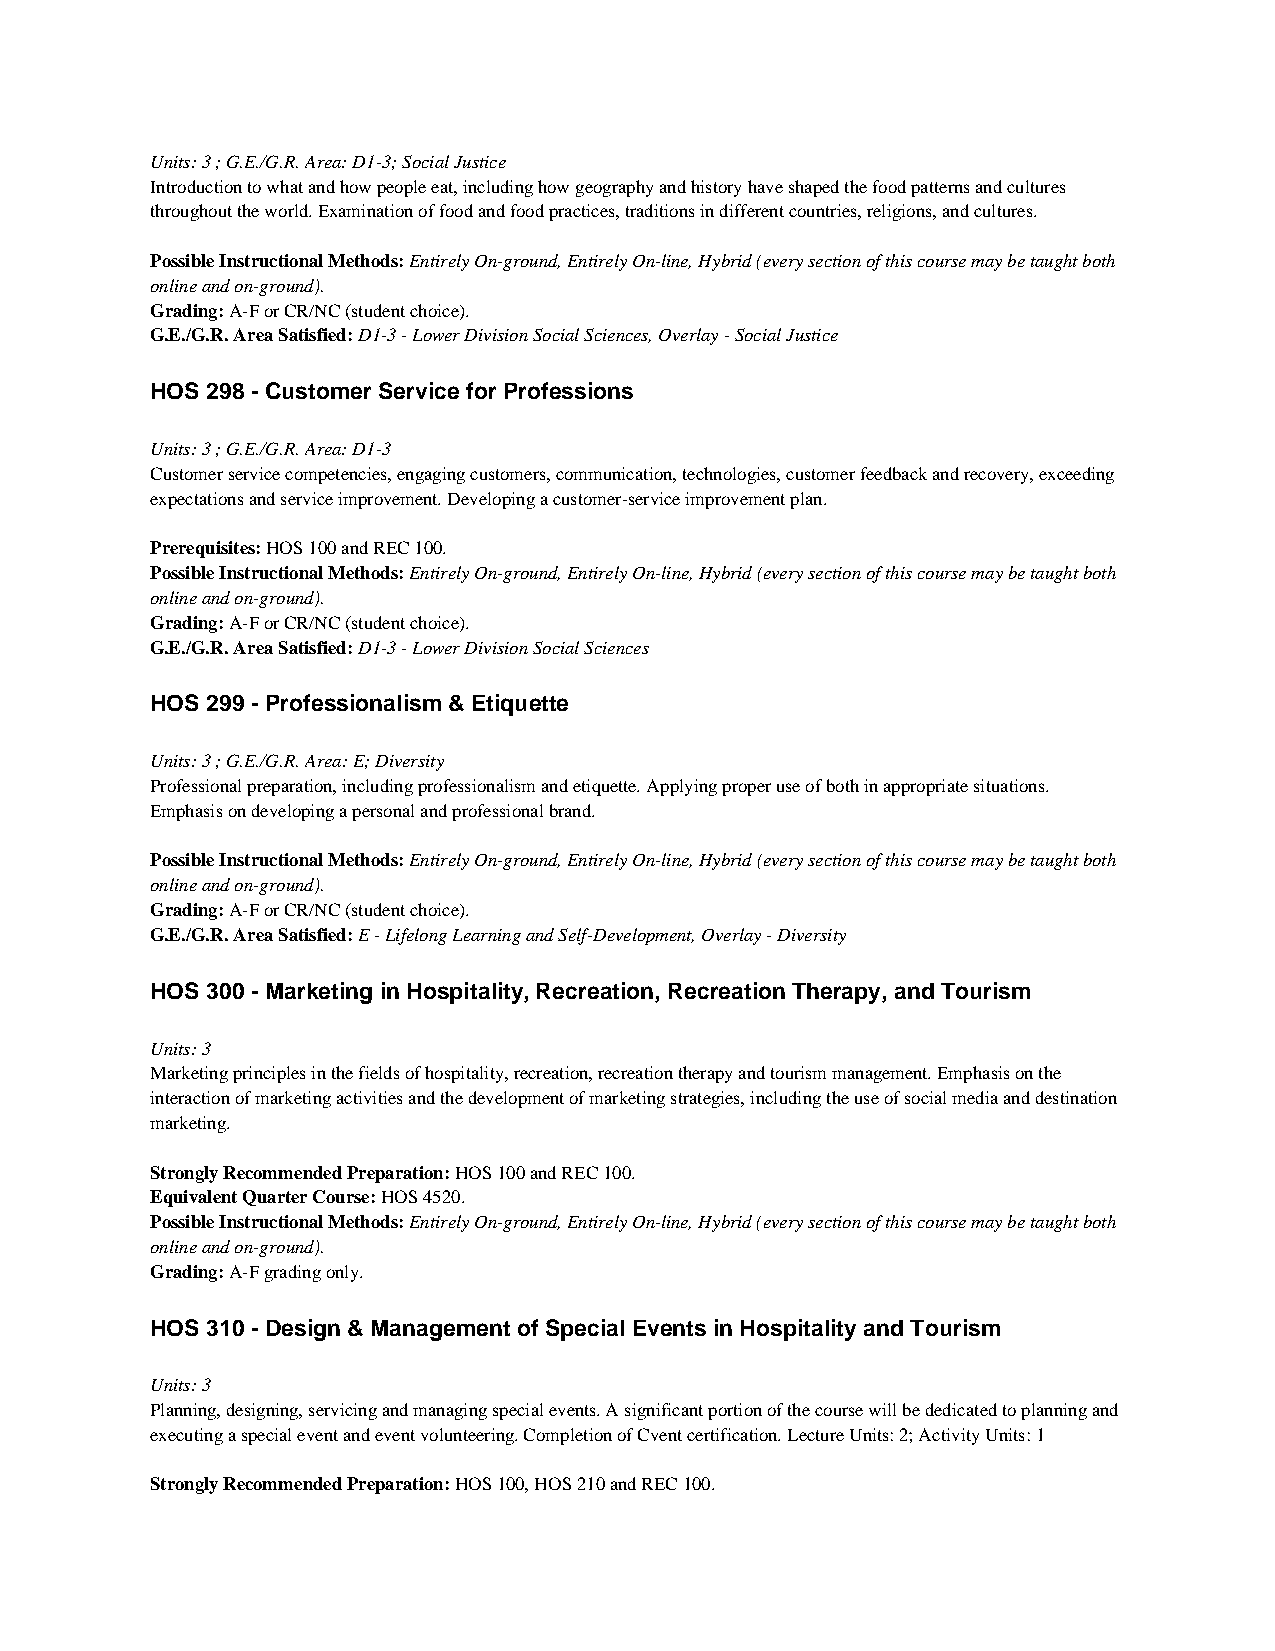
Units: 3 ; G.E./G.R. Area: D1-3; Social Justice
 Introduction to what and how people eat, including how geography and history have shaped the food patterns and cultures
 throughout the world. Examination of food and food practices, traditions in different countries, religions, and cultures.
 Possible Instructional Methods: Entirely On-ground, Entirely On-line, Hybrid (every section of this course may be taught both
 online and on-ground).
 Grading: A-F or CR/NC (student choice).
 G.E./G.R. Area Satisfied: D1-3 - Lower Division Social Sciences, Overlay - Social Justice
 HOS 298 - Customer Service for Professions
 Units: 3 ; G.E./G.R. Area: D1-3
 Customer service competencies, engaging customers, communication, technologies, customer feedback and recovery, exceeding
 expectations and service improvement. Developing a customer-service improvement plan.
 Prerequisites: HOS 100 and REC 100.
 Possible Instructional Methods: Entirely On-ground, Entirely On-line, Hybrid (every section of this course may be taught both
 online and on-ground).
 Grading: A-F or CR/NC (student choice).
 G.E./G.R. Area Satisfied: D1-3 - Lower Division Social Sciences
 HOS 299 - Professionalism & Etiquette
 Units: 3 ; G.E./G.R. Area: E; Diversity
 Professional preparation, including professionalism and etiquette. Applying proper use of both in appropriate situations.
 Emphasis on developing a personal and professional brand.
 Possible Instructional Methods: Entirely On-ground, Entirely On-line, Hybrid (every section of this course may be taught both
 online and on-ground).
 Grading: A-F or CR/NC (student choice).
 G.E./G.R. Area Satisfied: E - Lifelong Learning and Self-Development, Overlay - Diversity
 HOS 300 - Marketing in Hospitality, Recreation, Recreation Therapy, and Tourism
 Units: 3
 Marketing principles in the fields of hospitality, recreation, recreation therapy and tourism management. Emphasis on the
 interaction of marketing activities and the development of marketing strategies, including the use of social media and destination
 marketing.
 Strongly Recommended Preparation: HOS 100 and REC 100.
 Equivalent Quarter Course: HOS 4520.
 Possible Instructional Methods: Entirely On-ground, Entirely On-line, Hybrid (every section of this course may be taught both
 online and on-ground).
 Grading: A-F grading only.
 HOS 310 - Design & Management of Special Events in Hospitality and Tourism
 Units: 3
 Planning, designing, servicing and managing special events. A significant portion of the course will be dedicated to planning and
 executing a special event and event volunteering. Completion of Cvent certification. Lecture Units: 2; Activity Units: 1
 Strongly Recommended Preparation: HOS 100, HOS 210 and REC 100.